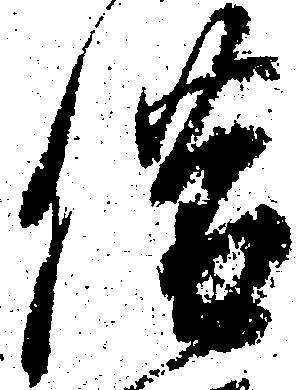
借